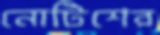
নোটিশের